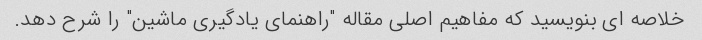
خلاصه ای بنویسید که مفاهیم اصلی مقاله "راهنمای یادگیری ماشین" را شرح دهد.